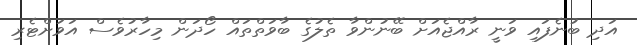
އަދި ބުނެފައި ވަނީ ރާއްޖެއަށް ބޭނުންވާ ތެލުގެ ބާވަތްތައް ހޯދަން މިހާރުވެސް އަވަށްޓެރި